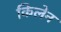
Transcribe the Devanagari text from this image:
किलेन